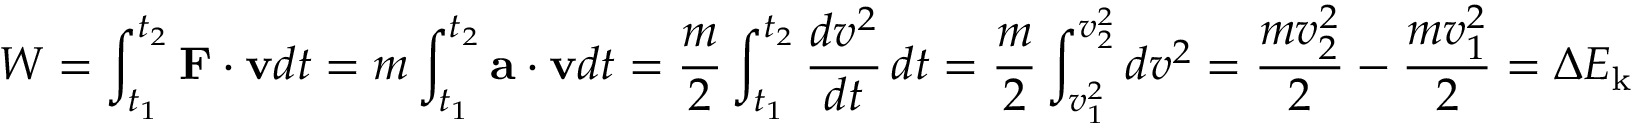
W = \int _ { t _ { 1 } } ^ { t _ { 2 } } \mathbf { F } \cdot \mathbf { v } d t = m \int _ { t _ { 1 } } ^ { t _ { 2 } } \mathbf { a } \cdot \mathbf { v } d t = { \frac { m } { 2 } } \int _ { t _ { 1 } } ^ { t _ { 2 } } { \frac { d v ^ { 2 } } { d t } } \, d t = { \frac { m } { 2 } } \int _ { v _ { 1 } ^ { 2 } } ^ { v _ { 2 } ^ { 2 } } d v ^ { 2 } = { \frac { m v _ { 2 } ^ { 2 } } { 2 } } - { \frac { m v _ { 1 } ^ { 2 } } { 2 } } = \Delta E _ { \mathrm { k } }